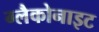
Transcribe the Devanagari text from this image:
ग्लैकोनाइट